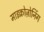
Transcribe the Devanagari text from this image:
माइक्रोज़ोनिंग